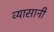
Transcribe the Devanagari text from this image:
व्यासानी